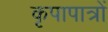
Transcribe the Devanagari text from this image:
कृपापात्रों